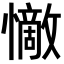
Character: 𭟗